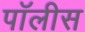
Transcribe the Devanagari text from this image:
पॉलीस